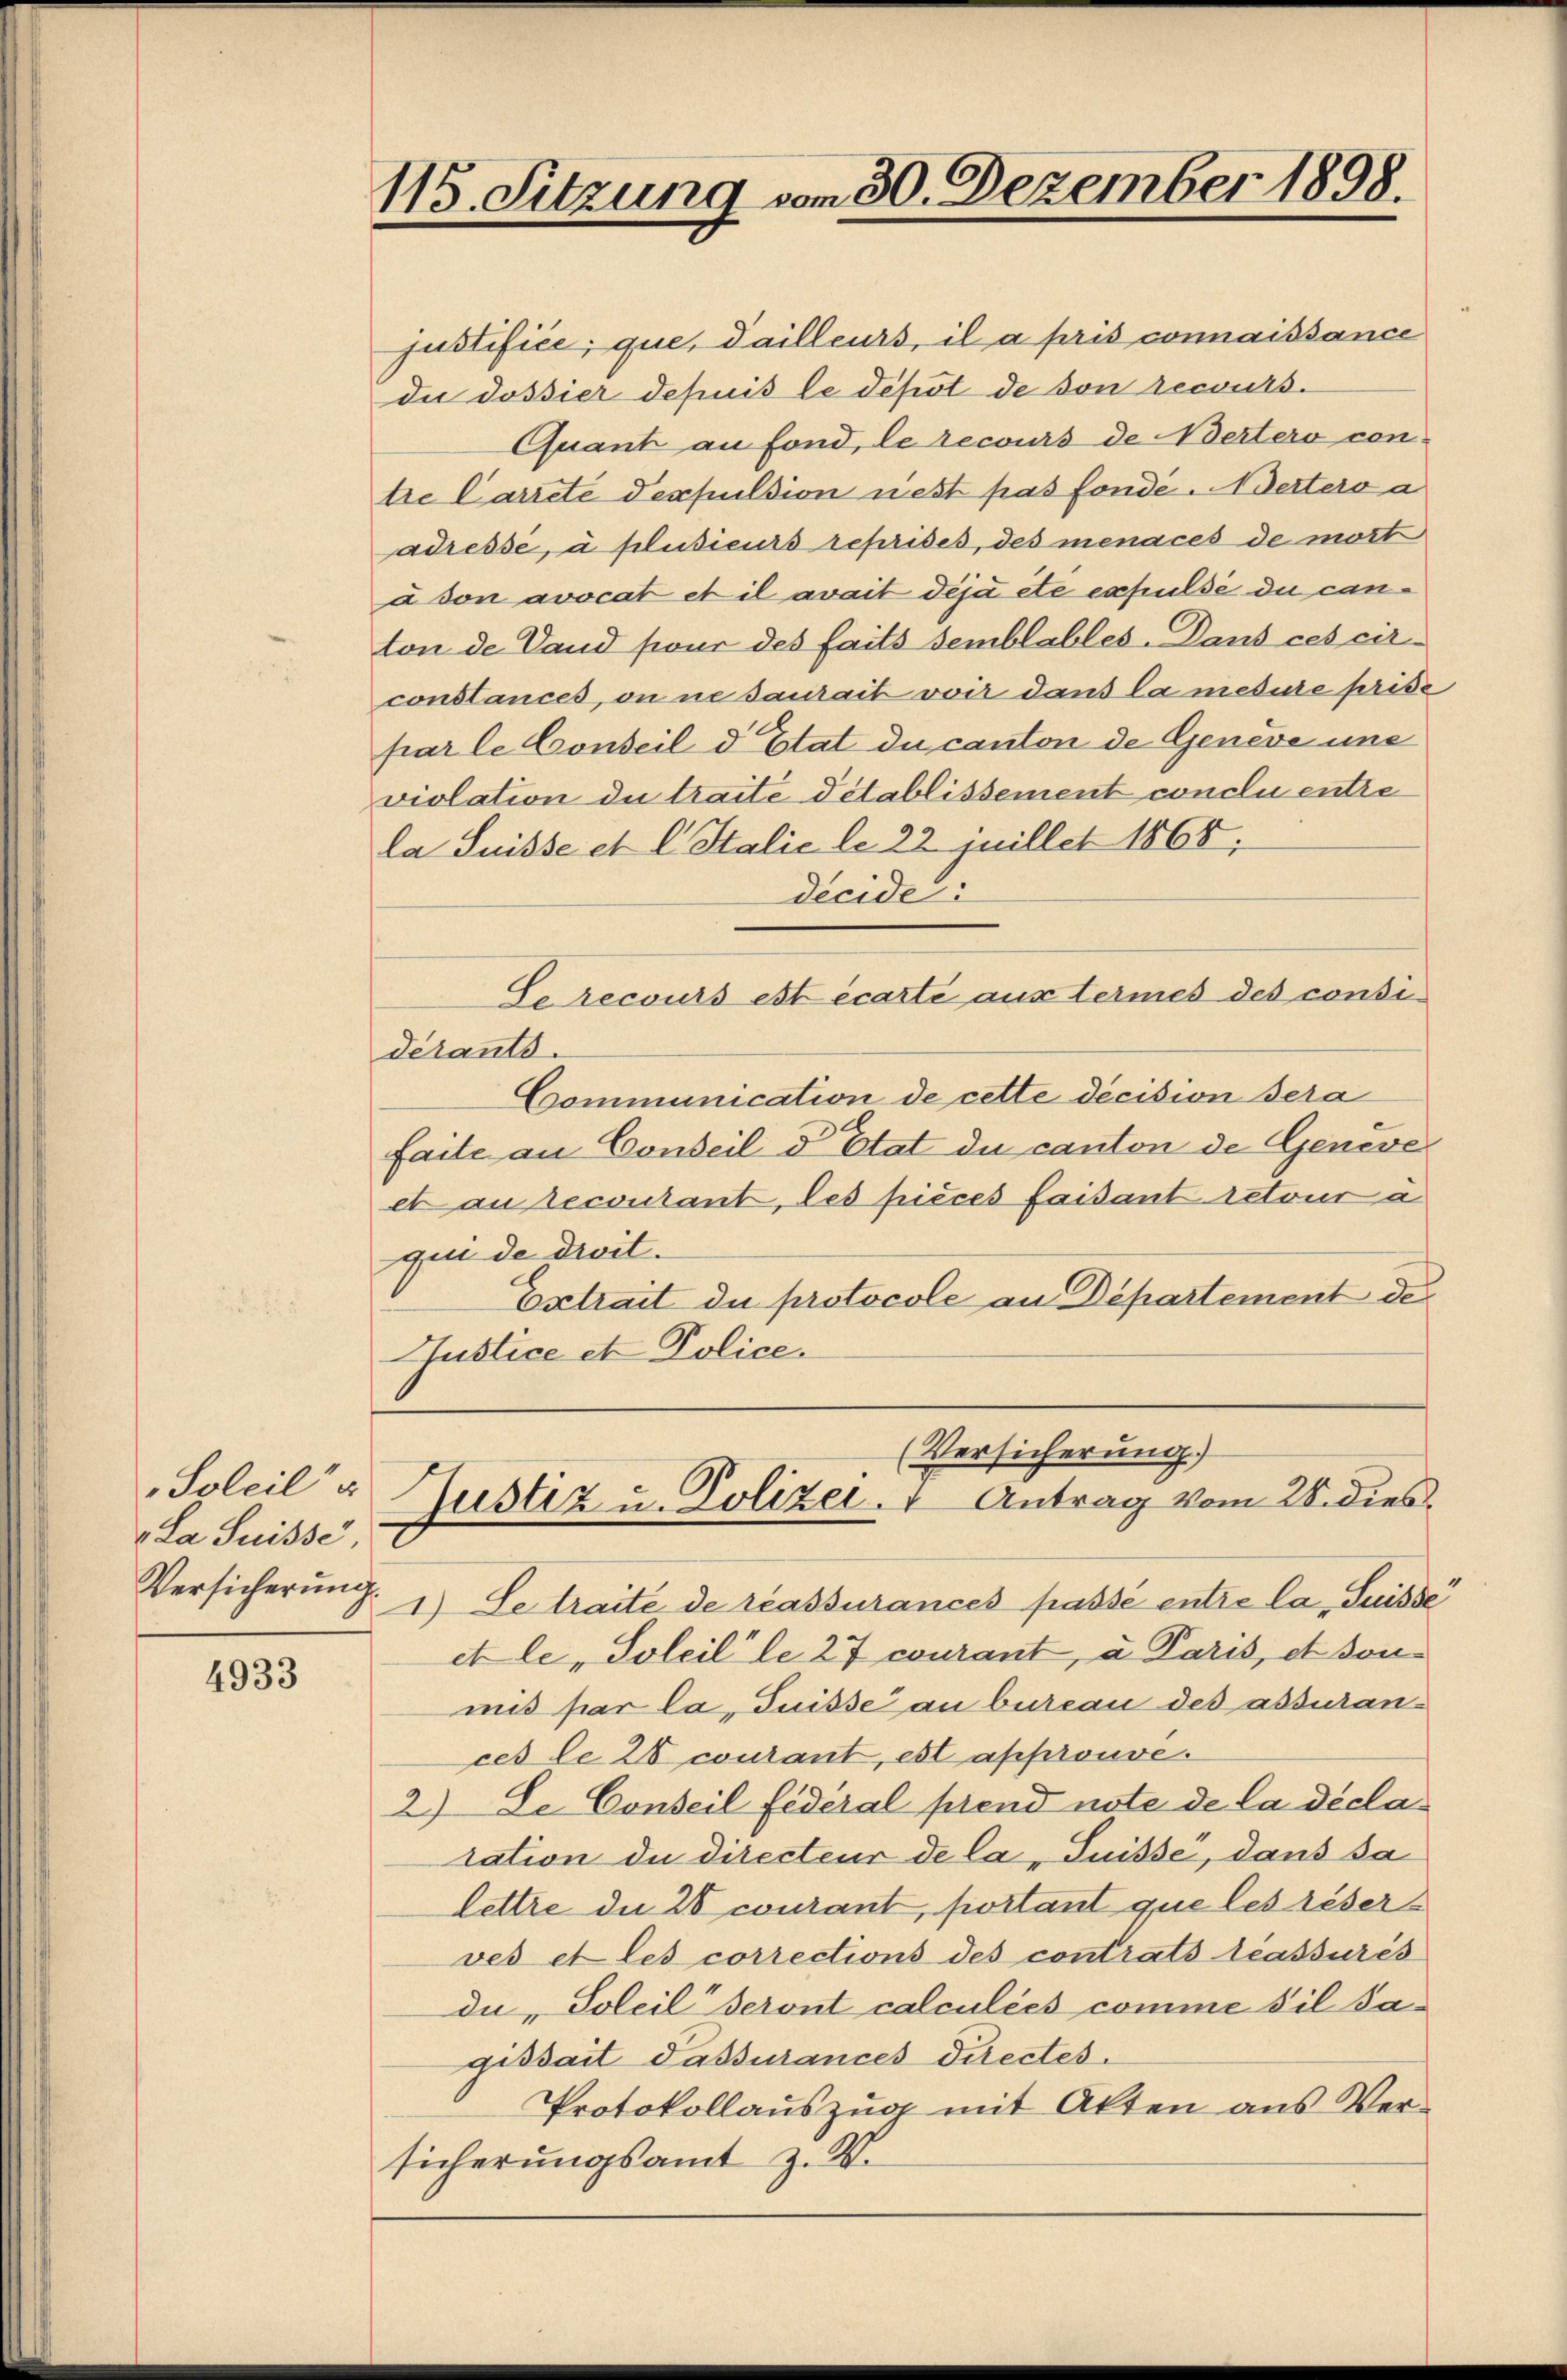
Soleil“ u
La Suisse,

4933

115. Sitzung vom 30. Dezember 1898.

justifice, que, Sailleurs, il a pris connaissance
die dossier depuis le depot de von recours.
Quant an Fond, le recours de Wertero con-
tre Carrete despulsion nest pas fondé. Adertero a
adressé, à plusieurs reprises, des menaces de mort
à son avocat et il avait déjà ete expulse du canton de Land sieur des faits semblables Dans ces cir
constances, on ne saurait voit dans la mesure prise
par le Conseil d’Etat du canton de Genève une
violation de traite détablissement conclu entre
la Suisse et C. Stalie le 22 jnillet 1868;
decide:
Se recours est écarte aus termes des consi
derants.
Communication de cette decision sera
faite an Conseil d Etat du canton de Geneve
ex au recontant, les pièces faisant retour a
qui de droit.
Extrait du protocole an Departement de
Hustice et Police
(Versicherung.)
Justiz u. Polizei. " Antrag vom 28. dies
Versicherŭng 1) Le traite de réassurances passé entre la Suisse
et le „Soleille 27 courant, a Paris, et sonmis par la Suisse an bureau des assurances le 28 coutant, est approuve
2) Le Conseil fédéral prend note de la décla
tation de Directeur de la Suisse, dans sa
lettre die 28 courant, postant que les reserves et les corrections des contrats lassurés
di, Soleil seront calculées comme sil Sagidsait Passurances directes
Protokollauszug mit Akten aus Versicherungsamt z. B.